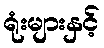
ရုံးများနှင့်